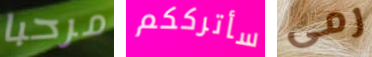
مرحبا سأترككم رمى